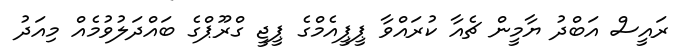
ރައީސް އަބްދު ޔާމީން ޗެއާ ކުރައްވާ ޕީޕީއެމްގެ ޕީޖީ ގްރޫޕްގެ ބައްދަލުވުމެއް މިއަދު